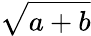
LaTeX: \sqrt{a+b}